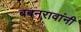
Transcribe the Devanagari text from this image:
बबनरावांनी